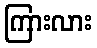
ကြားလား